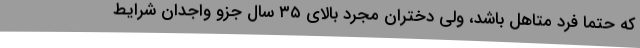
که حتما فرد متاهل باشد، ولی دختران مجرد بالای ۳۵ سال جزو واجدان شرایط